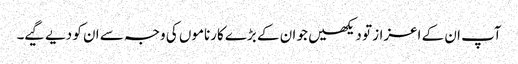
آپ ان کے اعزاز تو دیکھیں جو ان کے بڑے کارناموں کی وجہ سے ان کو دیے گیے۔